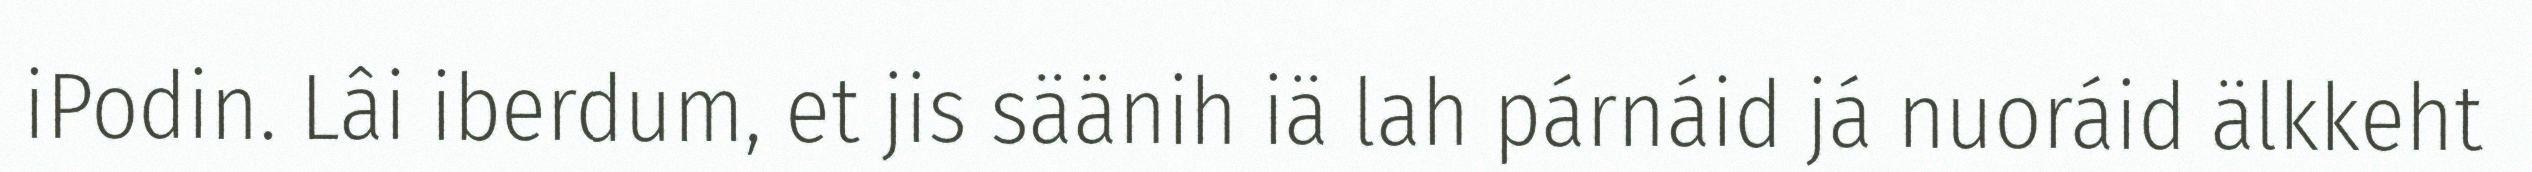
iPodin. Lâi iberdum, et jis säänih iä lah párnáid já nuoráid älkkeht